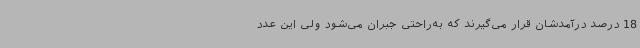
18 درصد درآمدشان قرار می‌گیرند که به‌راحتی جبران می‌شود ولی این عدد